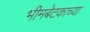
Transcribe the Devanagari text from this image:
भीमबेटकाच्या